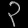
Digit: ၃